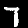
Label: 7